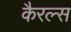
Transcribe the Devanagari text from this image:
कैरल्स